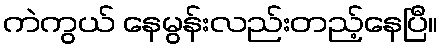
ကဲကွယ် နေမွန်းလည်းတည့်နေပြီ။